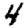
Digit: 4